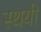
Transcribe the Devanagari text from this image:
स्‍थयी